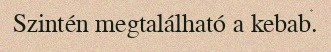
Szintén megtalálható a kebab.